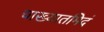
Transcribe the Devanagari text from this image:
चाख्यातमिदं